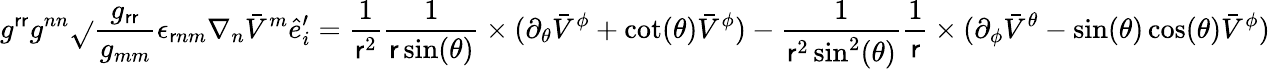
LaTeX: g^{\mathsf{r}\mathsf{r}}g^{nn}\sqrt{}{{\frac{{g_{\mathsf{r}\mathsf{r}}}}{{g_{mm}}}}}\epsilon_{\mathsf{r}nm}\nabla_{n}\bar{{V}}^{m}\hat{{e}}_{i}^{\prime}=\frac{{1}}{{\mathsf{r}^{2}}}\frac{{1}}{{\mathsf{r}\sin(\theta)}}\times(\partial_{\theta}\bar{{V}}^{\phi}+\cot(\theta)\bar{{V}}^{\phi})-\frac{{1}}{{\mathsf{r}^{2}\sin^{2}(\theta)}}\frac{{1}}{{\mathsf{r}}}\times(\partial_{\phi}\bar{{V}}^{\theta}-\sin(\theta)\cos(\theta)\bar{{V}}^{\phi})